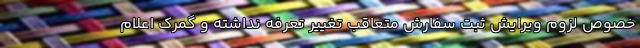
خصوص لزوم ویرایش ثبت سفارش متعاقب تغییر تعرفه نداشته و گمرک اعلام